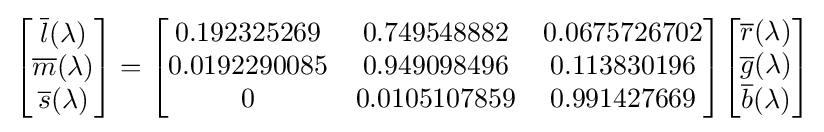
{\begin{bmatrix}{\overline {l}}(\lambda )\\{\overline {m}}(\lambda )\\{\overline {s}}(\lambda )\end{bmatrix}}={\begin{bmatrix}0.192325269&0.749548882&0.0675726702\\0.0192290085&0.949098496&0.113830196\\0&0.0105107859&0.991427669\\\end{bmatrix}}{\begin{bmatrix}{\overline {r}}(\lambda )\\{\overline {g}}(\lambda )\\{\overline {b}}(\lambda )\end{bmatrix}}